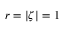
r = \lvert \zeta \vert = 1